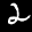
Label: 2